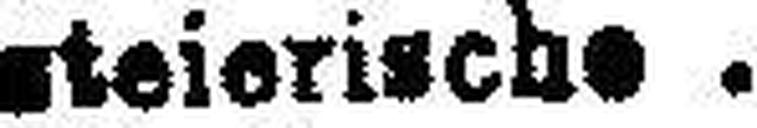
5% " steierische